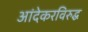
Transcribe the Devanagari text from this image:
आंदेकरविरुद्ध